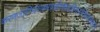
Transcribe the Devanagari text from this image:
करणजातिभ्रंशकरप्रकीर्णकादिनानाविधपातकानां